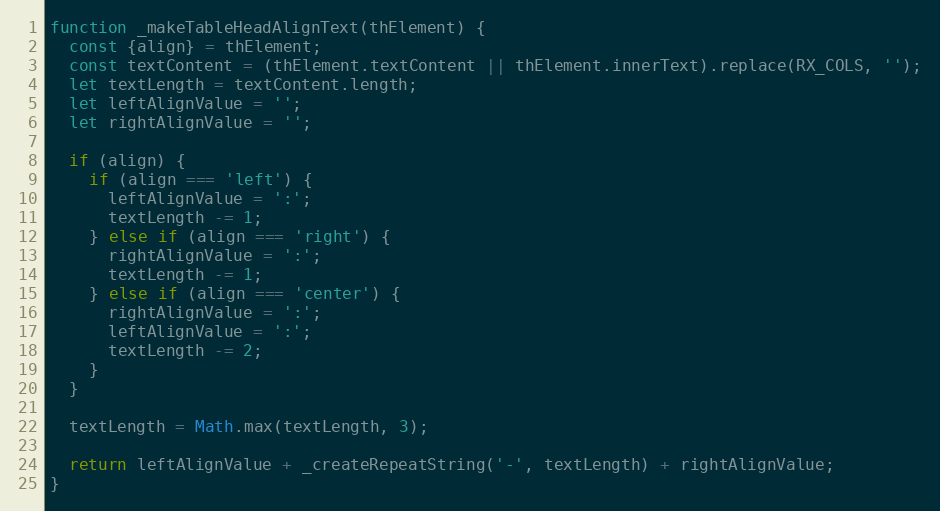
Language: JavaScript
function _makeTableHeadAlignText(thElement) {
  const {align} = thElement;
  const textContent = (thElement.textContent || thElement.innerText).replace(RX_COLS, '');
  let textLength = textContent.length;
  let leftAlignValue = '';
  let rightAlignValue = '';

  if (align) {
    if (align === 'left') {
      leftAlignValue = ':';
      textLength -= 1;
    } else if (align === 'right') {
      rightAlignValue = ':';
      textLength -= 1;
    } else if (align === 'center') {
      rightAlignValue = ':';
      leftAlignValue = ':';
      textLength -= 2;
    }
  }

  textLength = Math.max(textLength, 3);

  return leftAlignValue + _createRepeatString('-', textLength) + rightAlignValue;
}